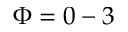
\Phi = 0 - 3